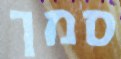
סמך